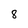
Character: 8